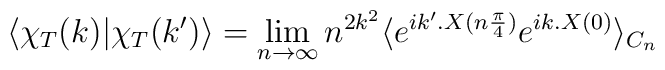
\langle\chi_T(k)|\chi_T(k')\rangle=\lim_{n\to\infty} n^{2k^2}\langle e^{ik'.X(n\frac{\pi}{4})} e^{ik.X(0)}\rangle_{C_n}